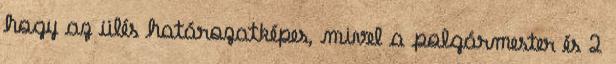
hogy az ülés határozatképes, mivel a polgármester és 2